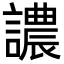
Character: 譨